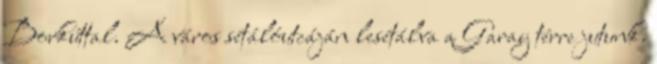
Borkúttal. A város sétálóutcáján lesétálva a Garay térre jutunk.